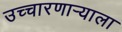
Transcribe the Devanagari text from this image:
उच्चारणाऱ्याला